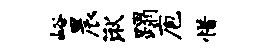
峪晨湫蹋庖惜